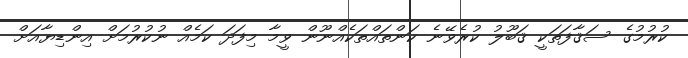
ކުރުމުގެ ސަޤާފަތަކީ ޤަބޫލު ކުރެވޭނެ ކަންތައްތަކެއްނޫން ވީމާ މިފަދަ ކަމެއް ނުކުރުމަށް އިންޑިޔާއަށް